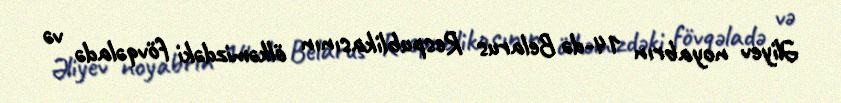
Əliyev noyabrın 14-də Belarus Respublikasının ölkəmizdəki fövqəladə və